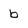
Character: b